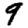
Digit: 9